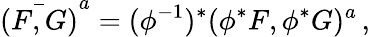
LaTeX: {\bar{(F,G)}}^{a}=(\phi^{-1})^{*}(\phi^{*}F,\phi^{*}G)^{a}\, ,